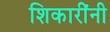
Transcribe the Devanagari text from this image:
शिकारींनी